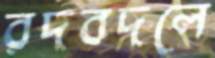
রদবদলে